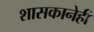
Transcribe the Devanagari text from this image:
शासकानेही